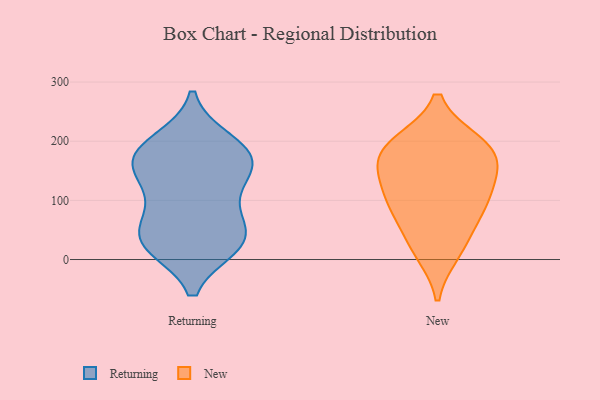
{"axis": {"x": "Conversion Rate (%)", "y": "Value"}, "legend": ["New", "Returning"], "data": [{"x": "", "y": 28, "type": "Returning"}, {"x": "", "y": 198, "type": "Returning"}, {"x": "", "y": 39, "type": "Returning"}, {"x": "", "y": 179, "type": "Returning"}, {"x": "", "y": 25, "type": "Returning"}, {"x": "", "y": 183, "type": "Returning"}, {"x": "", "y": 32, "type": "Returning"}, {"x": "", "y": 161, "type": "Returning"}, {"x": "", "y": 161, "type": "Returning"}, {"x": "", "y": 94, "type": "Returning"}, {"x": "", "y": 44, "type": "Returning"}, {"x": "", "y": 113, "type": "Returning"}, {"x": "", "y": 158, "type": "Returning"}, {"x": "", "y": 148, "type": "New"}, {"x": "", "y": 184, "type": "New"}, {"x": "", "y": 197, "type": "New"}, {"x": "", "y": 13, "type": "New"}, {"x": "", "y": 79, "type": "New"}, {"x": "", "y": 26, "type": "New"}, {"x": "", "y": 87, "type": "New"}, {"x": "", "y": 95, "type": "New"}, {"x": "", "y": 182, "type": "New"}, {"x": "", "y": 195, "type": "New"}, {"x": "", "y": 148, "type": "New"}, {"x": "", "y": 123, "type": "New"}]}